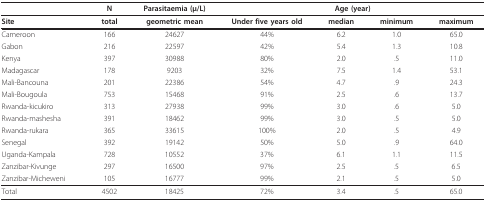
<table><thead><tr><td></td><td><b>N</b></td><td><b>Parasitaemia (μ/L)</b></td><td colspan="4"><b>Age (year)</b></td></tr></thead><tbody><tr><td><b>Site</b></td><td><b>total</b></td><td><b>geometric mean</b></td><td><b>Under five years old</b></td><td><b>median</b></td><td><b>minimum</b></td><td><b>maximum</b></td></tr><tr><td>Cameroon</td><td>166</td><td>24627</td><td>44%</td><td>6.2</td><td>1.0</td><td>65.0</td></tr><tr><td>Gabon</td><td>216</td><td>22597</td><td>42%</td><td>5.4</td><td>1.3</td><td>10.8</td></tr><tr><td>Kenya</td><td>397</td><td>30988</td><td>80%</td><td>2.0</td><td>.5</td><td>11.0</td></tr><tr><td>Madagascar</td><td>178</td><td>9203</td><td>32%</td><td>7.5</td><td>1.4</td><td>53.1</td></tr><tr><td>Mali-Bancouna</td><td>201</td><td>22386</td><td>54%</td><td>4.7</td><td>.9</td><td>24.3</td></tr><tr><td>Mali-Bougoula</td><td>753</td><td>15468</td><td>91%</td><td>2.5</td><td>.6</td><td>13.7</td></tr><tr><td>Rwanda-kicukiro</td><td>313</td><td>27938</td><td>99%</td><td>3.0</td><td>.6</td><td>5.0</td></tr><tr><td>Rwanda-mashesha</td><td>391</td><td>18462</td><td>99%</td><td>3.0</td><td>.5</td><td>5.0</td></tr><tr><td>Rwanda-rukara</td><td>365</td><td>33615</td><td>100%</td><td>2.0</td><td>.5</td><td>4.9</td></tr><tr><td>Senegal</td><td>392</td><td>19142</td><td>50%</td><td>5.0</td><td>.9</td><td>64.0</td></tr><tr><td>Uganda-Kampala</td><td>728</td><td>10552</td><td>37%</td><td>6.1</td><td>1.1</td><td>11.5</td></tr><tr><td>Zanzibar-Kivunge</td><td>297</td><td>16500</td><td>97%</td><td>2.5</td><td>.5</td><td>6.5</td></tr><tr><td>Zanzibar-Micheweni</td><td>105</td><td>16777</td><td>99%</td><td>2.1</td><td>.5</td><td>5.0</td></tr><tr><td>Total</td><td>4502</td><td>18425</td><td>72%</td><td>3.4</td><td>.5</td><td>65.0</td></tr></tbody></table>